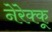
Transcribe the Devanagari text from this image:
नेरेक्कू